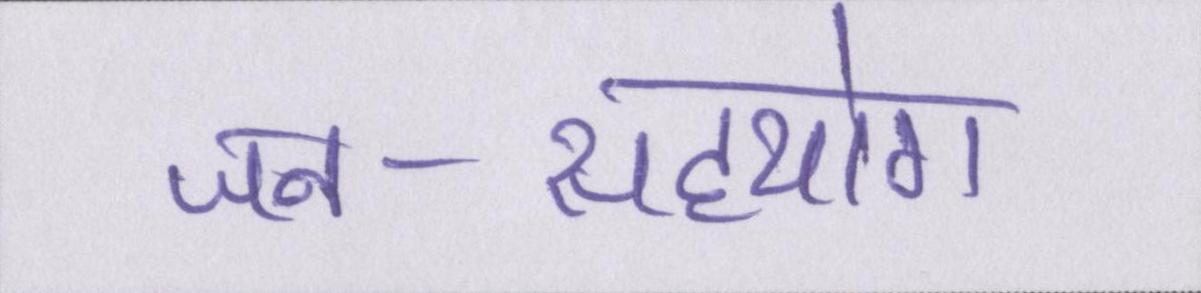
जन-सहयोग